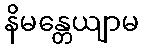
နိမန္တေယျာမ